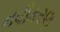
નવીકરણ